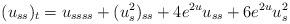
LaTeX: \begin{align*} (u_{ss})_t =u_{ssss}+ (u_s^2)_{ss} +4e^{2u}u_{ss}+6e^{2u}u_s^2 \end{align*}